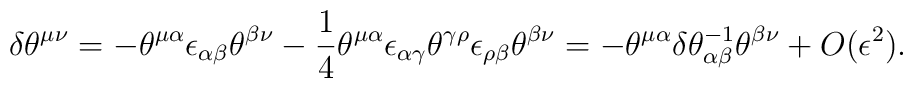
\delta \theta^{\mu\nu}=-\theta^{\mu\alpha}\epsilon_{\alpha\beta}  \theta^{\beta\nu}-\frac{1}{4}\theta^{\mu\alpha}\epsilon_{\alpha\gamma}  \theta^{\gamma\rho}\epsilon_{\rho\beta}\theta^{\beta\nu}=  -\theta^{\mu\alpha}\delta\theta^{-1}_{\alpha\beta}  \theta^{\beta\nu}+O(\epsilon^2).